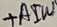
Text: +ATW